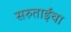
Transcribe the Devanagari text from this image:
सरुताईंचा